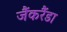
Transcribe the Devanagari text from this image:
जैंकरैंडा